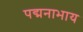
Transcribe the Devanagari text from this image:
पद्मनाभाय